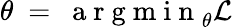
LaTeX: \theta~=~\mathrm{~a~r~g~m~i~n~}_{\theta}\mathcal{L}